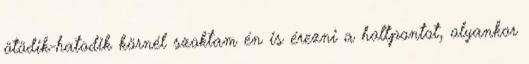
ötödik-hatodik körnél szoktam én is érezni a holtpontot, olyankor